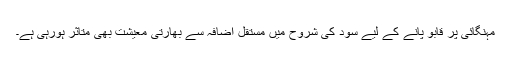
مہنگائی پر قابو پانے کے لیے سود کی شروح میں مستقل اضافہ سے بھارتی معیشت بھی متاثر ہورہی ہے۔